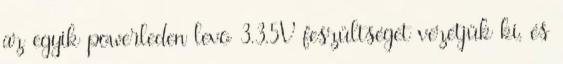
az egyik powerleden levõ 3.3,5V feszültséget vezetjük ki, és